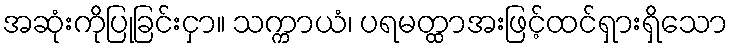
အဆုံးကိုပြုခြင်းငှာ။ သက္ကာယံ၊ ပရမတ္ထာအးဖြင့်ထင်ရှားရှိသော